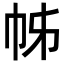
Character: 𢂍